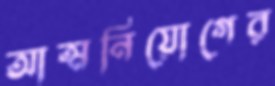
আত্মনিয়োগের